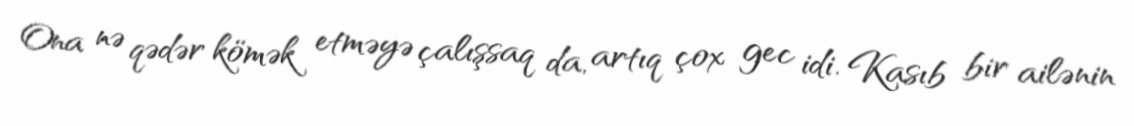
Ona nə qədər kömək etməyə çalışsaq da, artıq çox gec idi. Kasıb bir ailənin